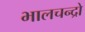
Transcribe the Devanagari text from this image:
भालचन्द्रो